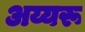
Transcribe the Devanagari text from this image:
अय्यरू